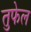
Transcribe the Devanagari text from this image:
तुफेल